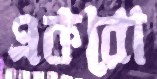
একরো